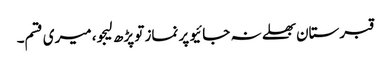
قبرستان بھلے نہ جائیو پر نماز تو پڑھ لیجو، میری قسم۔